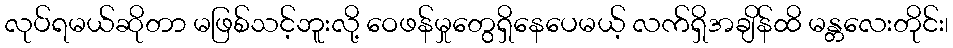
လုပ်ရမယ်ဆိုတာ မဖြစ်သင့်ဘူးလို့ ဝေဖန်မှုတွေရှိနေပေမယ့် လက်ရှိအချိန်ထိ မန္တလေးတိုင်း၊